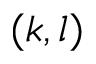
( k , l )